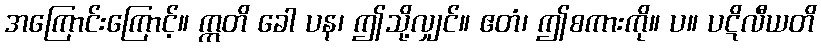
အကြောင်းကြောင့်။ ဣတိ ခေါ ပန၊ ဤသို့လျှင်။ ဧတံ၊ ဤစကားကို။ ပ။ ပဋိလီယတိ